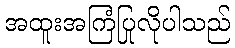
အထူးအကြံပြုလိုပါသည်